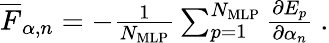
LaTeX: \begin{array}{r}{\overline{{F}}_{\alpha,n}=-\frac{1}{N_{\mathrm{MLP}}}\sum_{p=1}^{N_{\mathrm{MLP}}}\frac{\partial E_{p}}{\partial\alpha_{n}}\ .}\end{array}